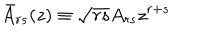
\bar { A } _ { r s } ( z ) \equiv \sqrt { r s } A _ { r s } z ^ { r + s }